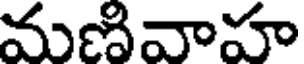
మణివాహ